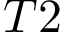
T 2